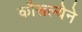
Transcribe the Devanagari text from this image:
कौसल्येने